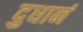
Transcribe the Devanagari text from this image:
दुधानं